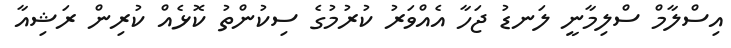
އިސްލާމް ސްލިމާނީ ލަނޑު ޖަހާ އެއްވަރު ކުރުމުގެ ސިކުންތު ކޮޅެއް ކުރިން ރަޝިއާ